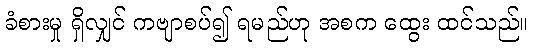
ခံစားမှု ရှိလျှင် ကဗျာစပ်၍ ရမည်ဟု အစက ထွေး ထင်သည်။